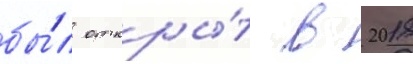
бы́л откры́т в 2018